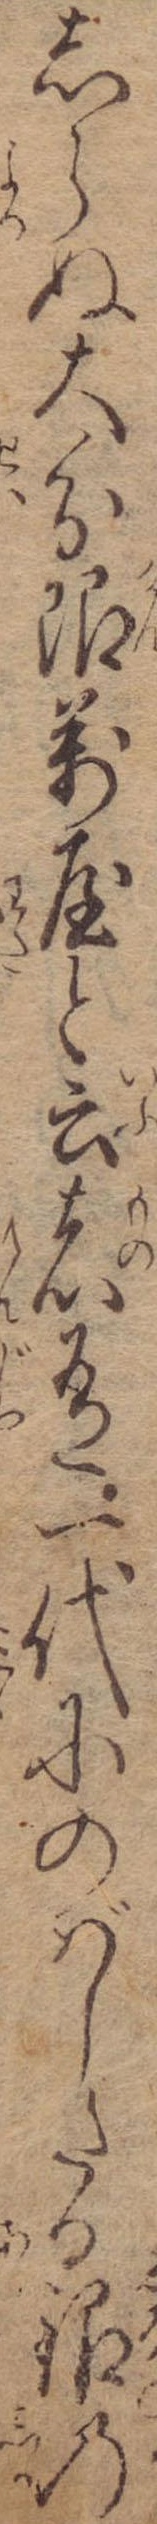
しらぬ大分限万屋と云者有一代にのばしたる銀の